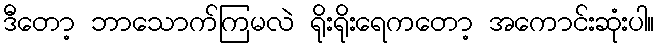
ဒီတော့ ဘာသောက်ကြမလဲ ရိုးရိုးရေကတော့ အကောင်းဆုံးပါ။